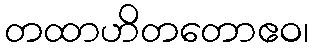
တထာဟိတတောဧဝ၊